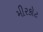
મીરકોટ